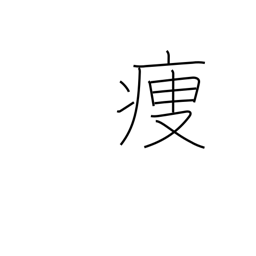
Meaning: get thin